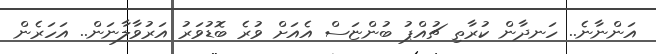
އަންނާނެ.. ހަނދާން ކުރާތި ޗުއްޕު ބުންޏަސް އެއަށް ވުރެ ބޮޑުވަރު އަރުވާލާނަން.. އަހަރެން